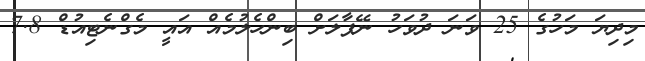
މިދިޔަ މަހުގެ 25 ވަނަ ދުވަހު ނޭޕާލަށް ބިންހެލުމެއް އައީ މެގްނެޓިއުޑް 7.8